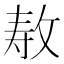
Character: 𫾳